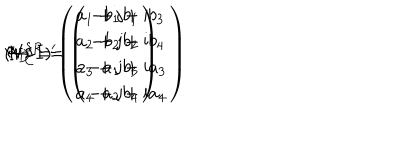
LaTeX: ( V I I ) ^ { \prime } \hspace { 7 m m } \Psi _ { \bf D } = \left( \begin{array} { c } { { a _ { 1 } + \mathrm { j } b _ { 1 } } } \\ { { a _ { 2 } + \mathrm { j } b _ { 2 } } } \\ { { a _ { 3 } + \mathrm { j } b _ { 3 } } } \\ { { a _ { 4 } + \mathrm { j } b _ { 4 } } } \\ \end{array} \right) \hspace { 5 m m } \leftrightarrow \hspace { 5 m m } \Psi _ { \bf C } ^ { S R } = \left( \begin{array} { c } { { - b _ { 1 } + \mathrm { i } b _ { 3 } } } \\ { { - b _ { 2 } + \mathrm { i } b _ { 4 } } } \\ { { - a _ { 1 } + \mathrm { i } a _ { 3 } } } \\ { { - a _ { 2 } + \mathrm { i } a _ { 4 } } } \\ \end{array} \right)